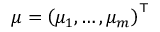
{ \boldsymbol { \mu } } = \left( \mu _ { 1 } , \ldots , \mu _ { m } \right) ^ { \top }